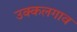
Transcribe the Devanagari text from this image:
उक्कलगाव